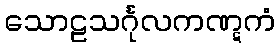
သောဠသင်္ဂုလကဏ္ဋကံ